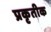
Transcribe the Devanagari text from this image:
प्रकृतीक